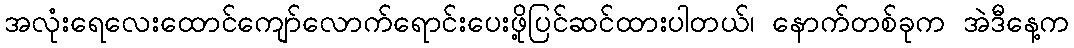
အလုံးရေလေးထောင်ကျော်လောက်ရောင်းပေးဖို့ပြင်ဆင်ထားပါတယ်၊ နောက်တစ်ခုက အဲဒီနေ့က